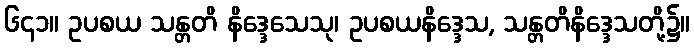
၆၄၁။ ဥပစယ သန္တတိ နိဒ္ဒေသေသု၊ ဥပစယနိဒ္ဒေသ, သန္တတိနိဒ္ဒေသတို့၌။